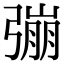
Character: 𢐒